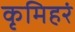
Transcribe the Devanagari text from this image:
कृमिहरं